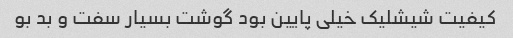
کیفیت شیشلیک خیلی پایین بود گوشت بسیار سفت و بد بو